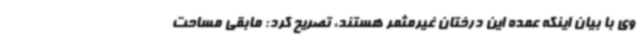
وی با بیان اینکه عمده این درختان غیرمثمر هستند، تصریح کرد: مابقی مساحت